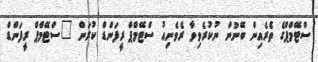
ސްޓޭމްޕްގެ ތެރެއިން ބޭނުން ނުކުރެވިވާ ރެވެނިއު ސްޓޭމްޕް ރީފަންޑް ކުރަން "ސްޓޭމްޕް ރީފަންޑް